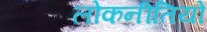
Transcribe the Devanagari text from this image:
लोकनीतियों